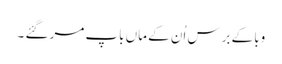
وبا کے برس اُن کے ماں باپ مر گئے ۔